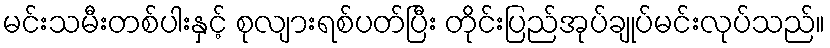
မင်းသမီးတစ်ပါးနှင့် စုလျားရစ်ပတ်ပြီး တိုင်းပြည်အုပ်ချုပ်မင်းလုပ်သည်။